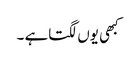
کبھی یوں لگتاہے ۔